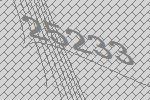
25233